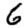
Digit: 6